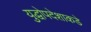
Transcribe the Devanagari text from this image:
युद्धोपदेशाकडे